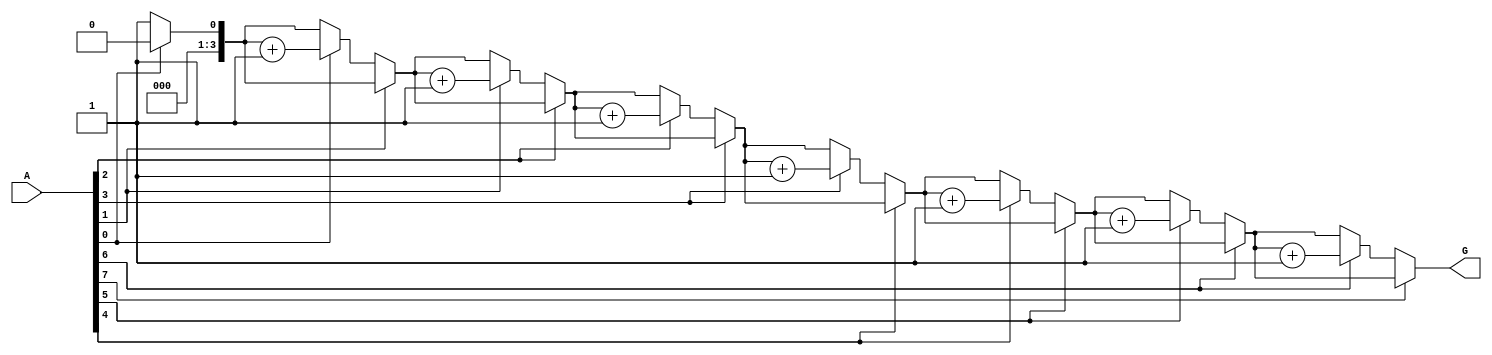
module GroupingOfZeros #(
    parameter N = 8 // Length of the input vector
)(
    input  wire [N-1:0] A, // Input binary vector
    output reg  [3:0] G    // Output count of groups of contiguous zeros
);

    integer i;
    reg in_zero_group;

    always @(*) begin
        G = 0; // Initialize group count
        in_zero_group = 0; // Initialize state

        for (i = 0; i < N; i = i + 1) begin
            if (A[i] == 0) begin
                if (!in_zero_group) begin
                    // We have detected a new group of zeros
                    G = G + 1;
                    in_zero_group = 1; // Set the state to indicate we are in a zero group
                end
            end else begin
                // We are in a group of ones, reset the zero group state
                in_zero_group = 0;
            end
        end
    end

endmodule